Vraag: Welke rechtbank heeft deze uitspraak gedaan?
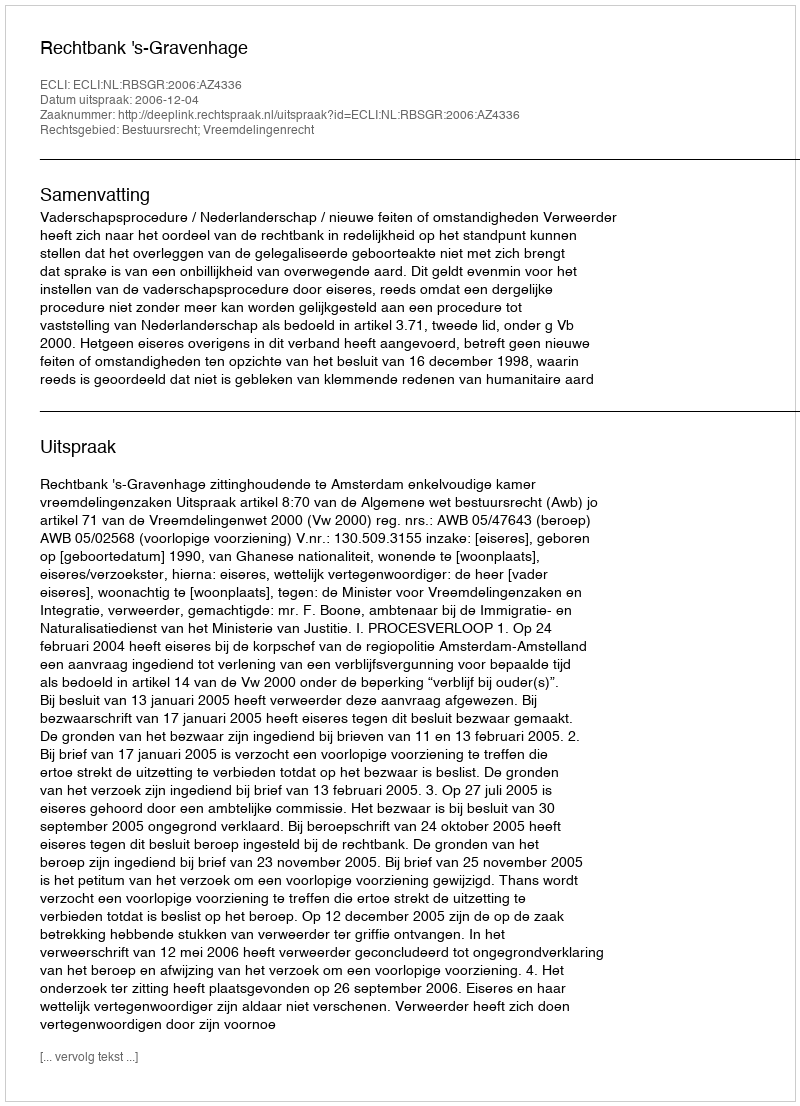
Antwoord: Rechtbank 's-Gravenhage